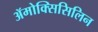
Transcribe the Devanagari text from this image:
ॲमोक्सिसिलिन